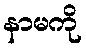
နာမကို